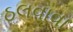
ઠલવાવા